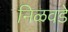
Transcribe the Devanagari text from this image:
निळवडे